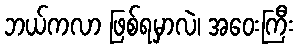
ဘယ်ကလာ ဖြစ်ရမှာလဲ၊ အဝေးကြီး